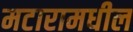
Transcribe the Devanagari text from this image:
मटारामधील